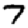
Digit: 7